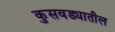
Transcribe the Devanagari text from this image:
कुसवड्यातील